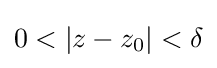
0<|z-z_{0}|<\delta